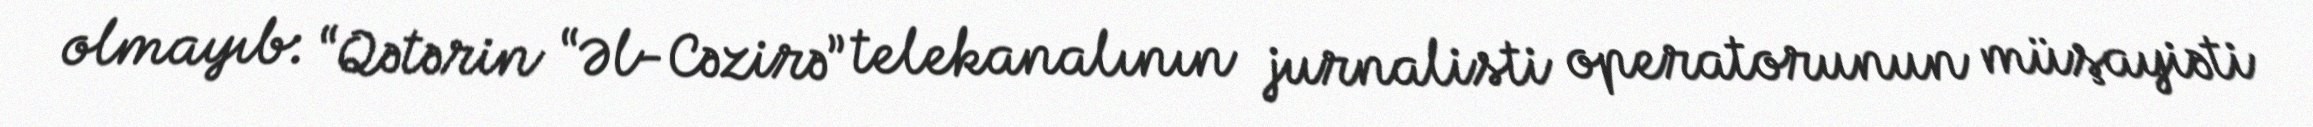
olmayıb: “Qətərin “Əl-Cəzirə” telekanalının jurnalisti operatorunun müşayiəti